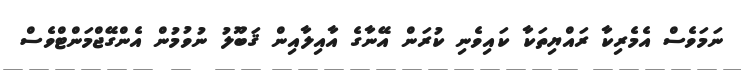
ނަމަވެސް އެމެރިކާ ރައްޔިތަކާ ކައިވެނި ކުރަން އޭނާގެ އާއިލާއިން ޤަބޫލު ނުވުމުން އެންގޭޖްމަންޓްވެސް